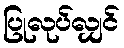
ပြုလုပ်လျှင်